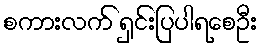
စကားလက် ရှင်းပြပါရစေဦး